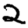
Digit: 2